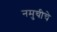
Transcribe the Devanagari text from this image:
नमुचीचे